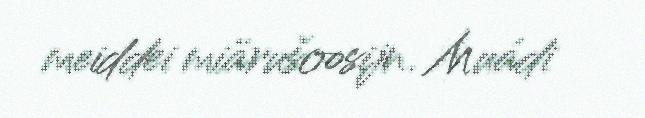
meiddei miärušoosijn. Muádi